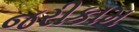
જરીકામ